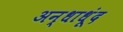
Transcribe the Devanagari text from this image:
अन्धाधूंद